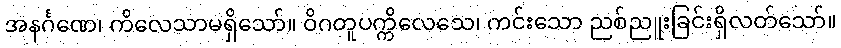
အနင်္ဂဏေ၊ ကိလေသာမရှိသော်။ ဝိဂတူပက္ကိလေသေ၊ ကင်းသော ညစ်ညူးခြင်းရှိလတ်သော်။